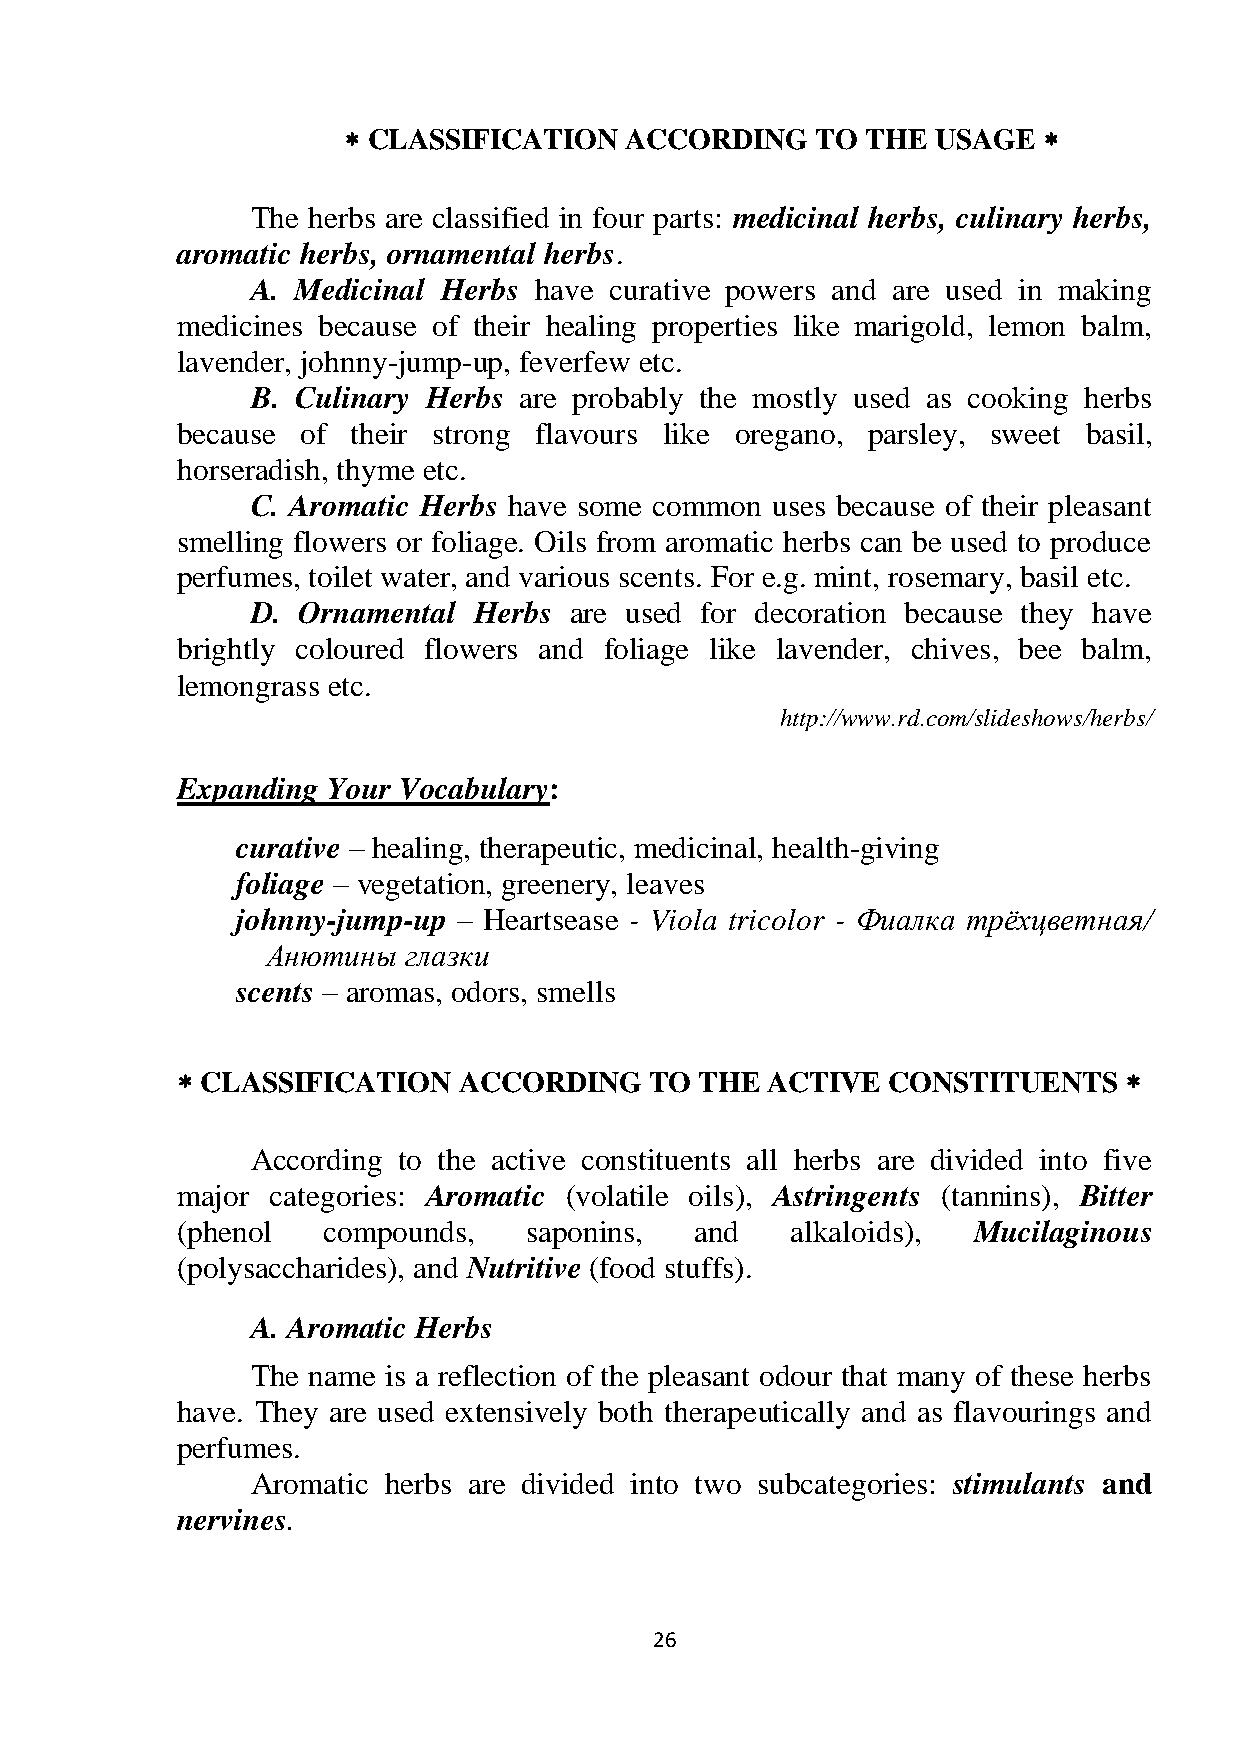
 CLASSIFICATION  ACCORDING    TO THE  USAGE  
 The herbs are classified in four parts: medicinal herbs, culinary herbs,
 aromatic herbs, ornamental herbs.
 A. Medicinal Herbs have curative powers and are used in making
 medicines because of their healing properties like marigold, lemon balm,
 lavender, johnny-jump-up, feverfew etc.
 B. Culinary Herbs are probably the mostly used as cooking herbs
 because of their strong flavours like oregano, parsley, sweet basil,
 horseradish, thyme etc.
 C. Aromatic Herbs have some common uses because of their pleasant
 smelling flowers or foliage. Oils from aromatic herbs can be used to produce
 perfumes, toilet water, and various scents. For e.g. mint, rosemary, basil etc.
 D. Ornamental Herbs  are used for decoration because they have
 brightly coloured flowers and foliage like lavender, chives, bee balm,
 lemongrass etc.
 http://www.rd.com/slideshows/herbs/
 Expanding Your Vocabulary:
 curative – healing, therapeutic, medicinal, health-giving
 foliage – vegetation, greenery, leaves
 johnny-jump-up – Heartsease - Viola tricolor - Фиалка трѐхцветная/
 Анютины  глазки
 scents – aromas, odors, smells
  CLASSIFICATION  ACCORDING    TO THE  ACTIVE  CONSTITUENTS   
 According to the active constituents all herbs are divided into five
 major categories: Aromatic (volatile oils), Astringents (tannins), Bitter
 (phenol  compounds,    saponins,  and   alkaloids), Mucilaginous
 (polysaccharides), and Nutritive (food stuffs).
 A. Aromatic Herbs
 The name is a reflection of the pleasant odour that many of these herbs
 have. They are used extensively both therapeutically and as flavourings and
 perfumes.
 Aromatic herbs are divided into two subcategories: stimulants and
 nervines.
 26